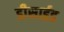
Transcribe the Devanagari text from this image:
डीसाईड